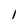
Character: 1